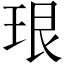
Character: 珢